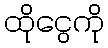
ထိုငွေကို